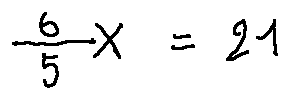
\frac { 6 } { 5 } X = 2 1